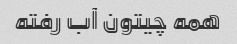
همه چیتون آب رفته